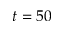
t = 5 0